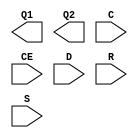
// $Header: /devl/xcs/repo/env/Databases/CAEInterfaces/verplex_libs/data/simprims/Attic/X_IDDR.v,v 1.1.2.1 2004/09/28 20:47:45 wloo Exp $

`timescale  1 ps / 1 ps

module X_IDDR (Q1, Q2, C, CE, D, R, S);

    output Q1;
    output Q2;
    input C;
    input CE;
    input D;
    input R;
    input S;
    parameter DDR_CLK_EDGE = "OPPOSITE_EDGE";    
    parameter INIT_Q1 = 1'b0;
    parameter INIT_Q2 = 1'b0;
    parameter SRTYPE = "SYNC";

endmodule // X_IDDR